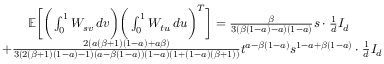
\begin{array} { r l } & { \quad \quad \mathbb { E } \bigg [ \bigg ( \int _ { 0 } ^ { 1 } W _ { s v } \, d v \bigg ) \bigg ( \int _ { 0 } ^ { 1 } W _ { t u } \, d u \bigg ) ^ { T } \bigg ] = \frac { \beta } { 3 ( \beta ( 1 - a ) - a ) ( 1 - a ) } s \cdot \frac { 1 } { d } I _ { d } } \\ & { + \frac { 2 ( a ( \beta + 1 ) ( 1 - a ) + a \beta ) } { 3 ( 2 ( \beta + 1 ) ( 1 - a ) - 1 ) ( a - \beta ( 1 - a ) ) ( 1 - a ) ( 1 + ( 1 - a ) ( \beta + 1 ) ) } t ^ { a - \beta ( 1 - a ) } s ^ { 1 - a + \beta ( 1 - a ) } \cdot \frac { 1 } { d } I _ { d } } \end{array}